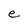
Character: e